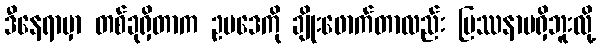
ဒီနေရာမှာ တစ်ခုရှိတာက ဥပဒေကို ချိုးဖောက်တာလည်း ပြဿနာမရှိဘူးလို့